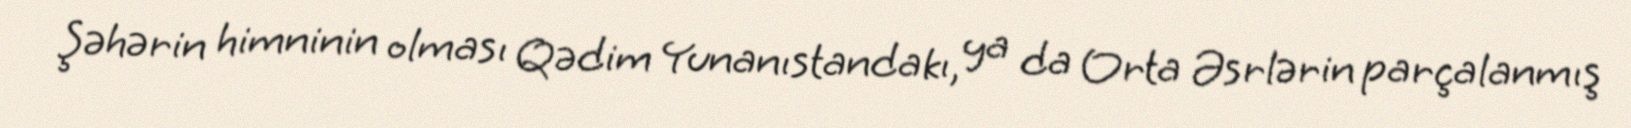
Şəhərin himninin olması Qədim Yunanıstandakı, ya da Orta Əsrlərin parçalanmış